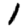
Digit: 1